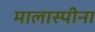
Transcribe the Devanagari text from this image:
मालास्पीना